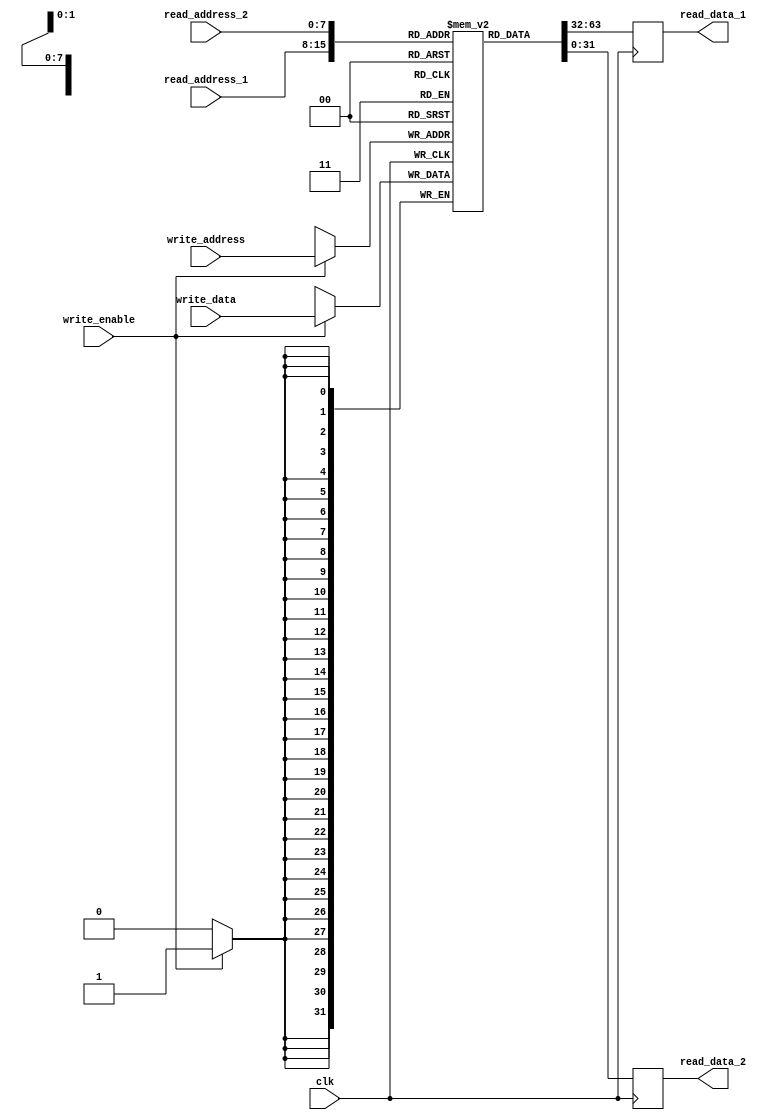
module multiport_register_file (
  input wire clk,
  input wire [7:0] read_address_1,
  input wire [7:0] read_address_2,
  input wire [7:0] write_address,
  input wire [31:0] write_data,
  input wire write_enable,
  output reg [31:0] read_data_1,
  output reg [31:0] read_data_2
);

reg [31:0] memory [255:0]; // Creating multiple memory blocks

always @ (posedge clk) begin
  if (write_enable) begin
    memory[write_address] <= write_data; // Writing data to the register file
  end
  read_data_1 <= memory[read_address_1]; // Reading data from read address 1
  read_data_2 <= memory[read_address_2]; // Reading data from read address 2
end

endmodule